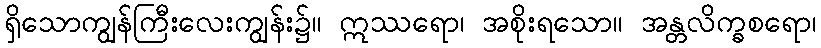
ရှိသောကျွန်ကြီးလေးကျွန်း၌။ ဣဿရော၊ အစိုးရသော။ အန္တလိက္ခစရော၊